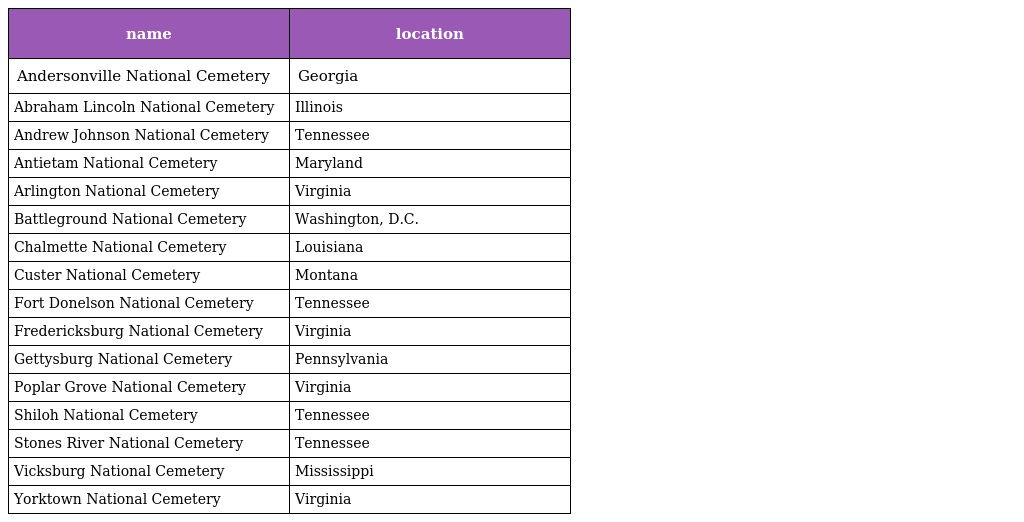
| name | location |
 | --- | --- |
 | Andersonville National Cemetery | Georgia |
 | Abraham Lincoln National Cemetery | Illinois |
 | Andrew Johnson National Cemetery | Tennessee |
 | Antietam National Cemetery | Maryland |
 | Arlington National Cemetery | Virginia |
 | Battleground National Cemetery | Washington, D.C. |
 | Chalmette National Cemetery | Louisiana |
 | Custer National Cemetery | Montana |
 | Fort Donelson National Cemetery | Tennessee |
 | Fredericksburg National Cemetery | Virginia |
 | Gettysburg National Cemetery | Pennsylvania |
 | Poplar Grove National Cemetery | Virginia |
 | Shiloh National Cemetery | Tennessee |
 | Stones River National Cemetery | Tennessee |
 | Vicksburg National Cemetery | Mississippi |
 | Yorktown National Cemetery | Virginia |